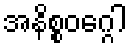
အနိစ္စဝဂ္ဂေါ